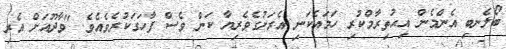
ބޯލެނބި އެންމެން އިޙުތިރާމްކުރި ހަމައެކަނި އެރަށުގެވެރިޔާ ކަން ވެސް ފާހަގަކުރެވެއެވެ. "ވާދޫއަށް އެރި